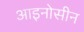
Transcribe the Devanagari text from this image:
आइनोसीन